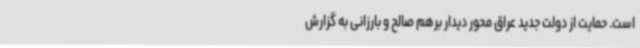
است. حمایت از دولت جدید عراق محور دیدار برهم صالح و بارزانی به گزارش